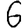
Digit: 6